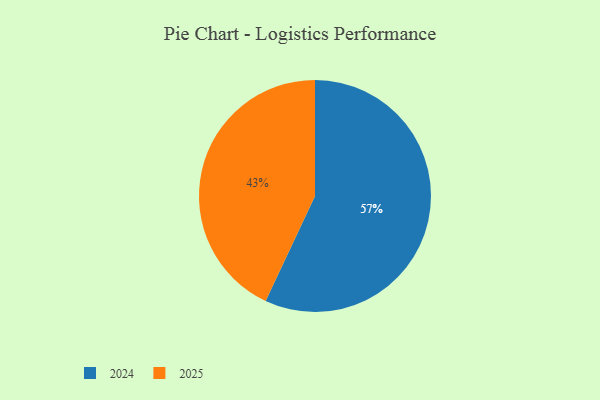
{"axis": {"x": "Category", "y": "Percentage"}, "legend": ["2024", "2025"], "data": [{"x": "2024", "y": 57, "type": "2024"}, {"x": "2025", "y": 43, "type": "2025"}]}